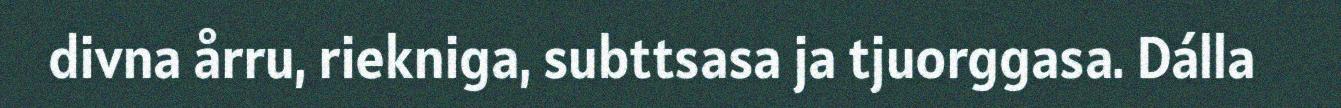
divna årru, riekniga, subttsasa ja tjuorggasa. Dálla